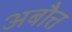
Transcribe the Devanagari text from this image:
अबौत्त